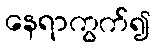
နေရာကွက်၍